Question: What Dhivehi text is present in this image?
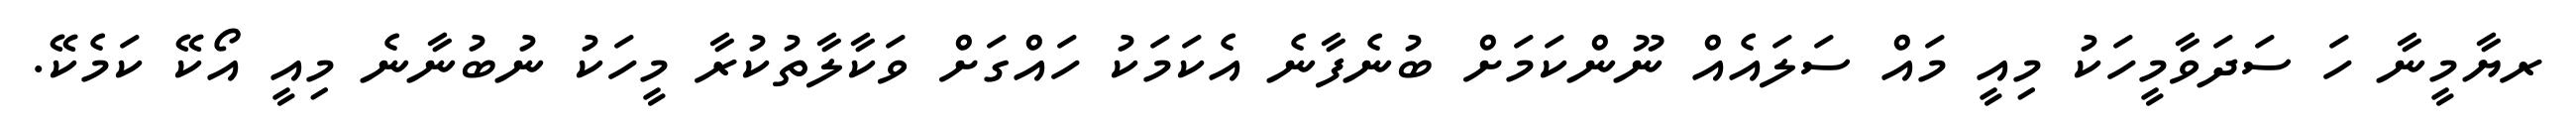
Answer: ރޔާމީނާ ހަ ސަދަވާމީހަކު މިއީ މައް ސަލައެއް ނޫންކަމަށް ބުނެފާނެ އެކަމަކު ހައްގަށް ވަކާލާތުކުރާ މީހަކު ނުބުނާނެ މިއީ އޯކޭ ކަމެކޭ.